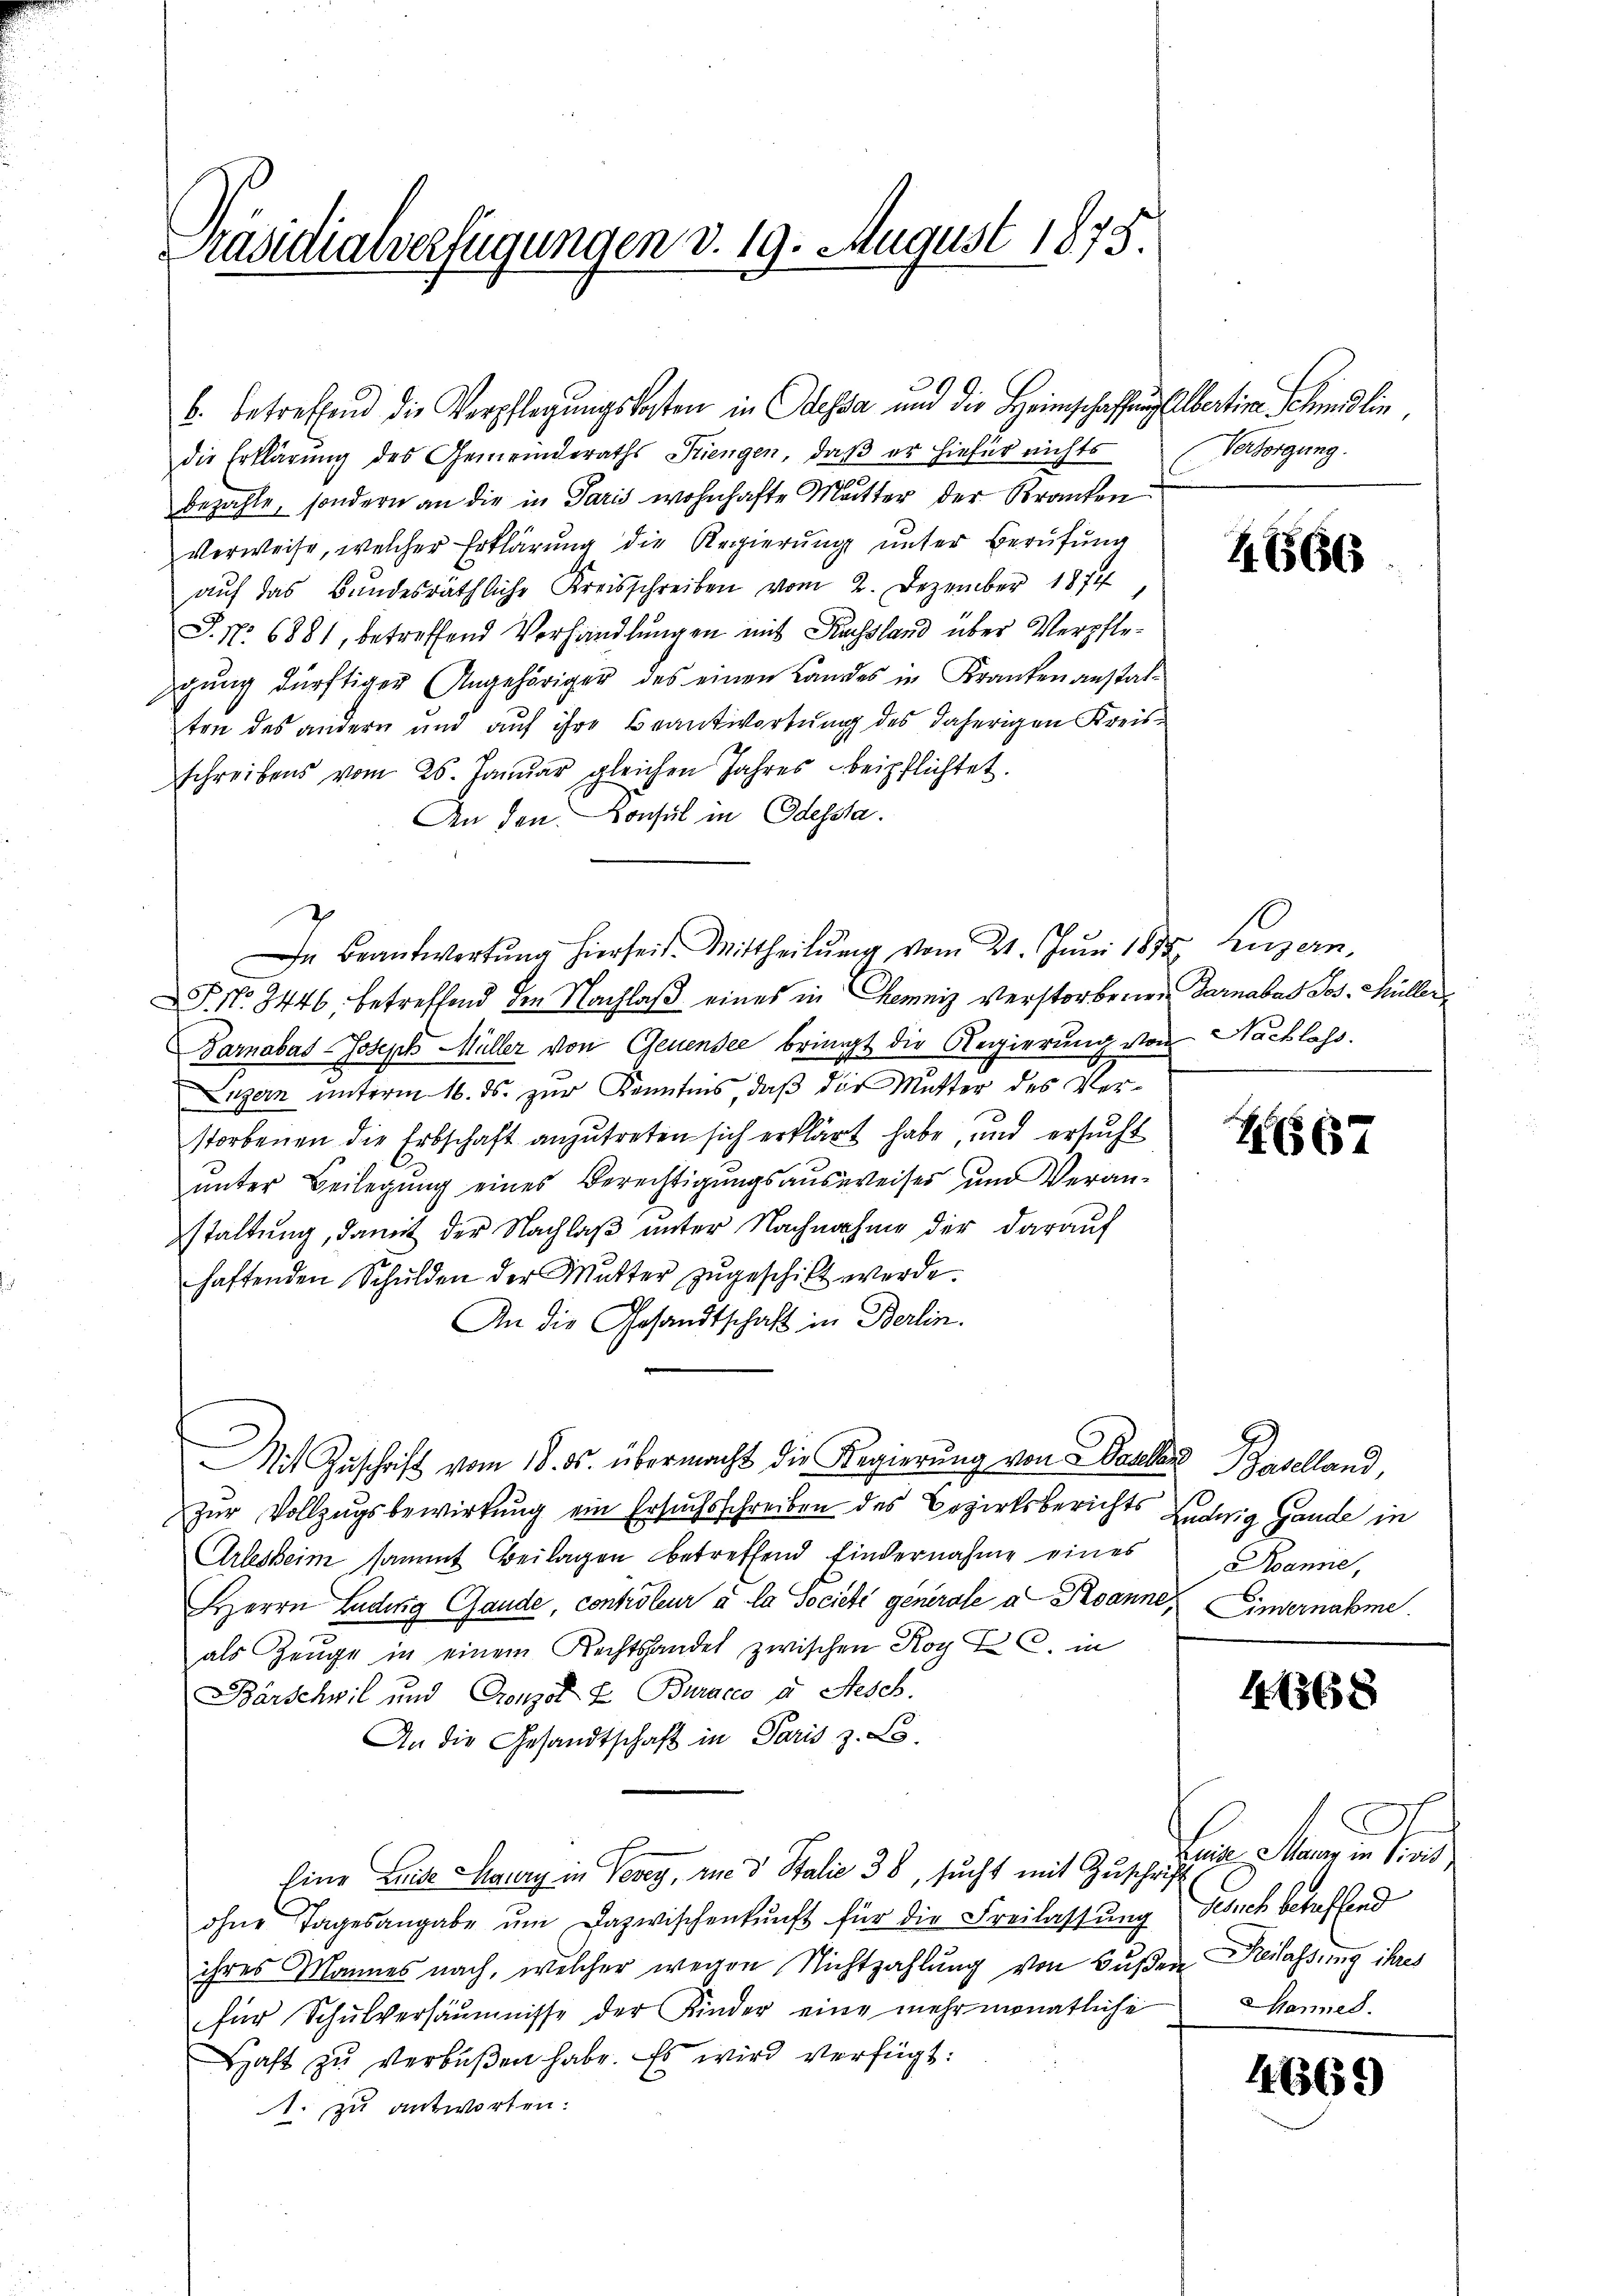
Präsidialverfügungen d. 19. August 1875.

die Erklärung des Gemeinderaths Stiengen, daß er hiefür nichts
bezahle, sondern an die in Paris wohnhafte Mutter der Kranken
verweise, welcher Erklärŭng die Regierŭng ŭnter Berufung
auf das Bundesräthliche Kreisschreiben vom 2. Dezember 1874
J. No 6881, betreffend Verhandlungen mit Russland über Verpflegŭng dürftiger Angehöriger des einen Landes in Krankenanstat-
ten des andern und auf ihre Beantwortung des daherigen Kreisschreibens vom 25. Janŭar gleichen Jahres beipflichtet.
An den Consul in Odessta.
P. Nr. 3446 betreffend den Nachlaß eines in Chemniz verstorbenein Darnabas Jos. Müller
Tarnabas-Joseph Müller von Genensee bringt die Regierung von Nachlass
Luzern unterm 16. ds. zur Kenntnis, daß die Mutter des Verstorbenen die Erbschaft anzŭtreten sich erklärt habe, und ersŭcht
ŭnter Beilegung eines Berechtigŭngsausweises um Veran-
staltung, damit der Nachlaß unter Nachnahme der darauf
haftenden Schulden der Mutter zŭgeschilt werde.
An die Gesandtschaft in Berlin.
MMit Zuschrift vom 18. ds. übermacht die Regierung von Basler Baselland,
zur Vollzugsbewirkung ein Ersuchsschreiben des Bezirksberichts Ludwig Gande in
Arlesheim sammt Beilagen betreffend findernahme eines
Herrn Ladung Gande, controleur à la Societe generale a Panne, Einvernahme
als Zeuge in einem Rechtshandel zwischen Koy P. C. in
Bärschwil und Grenzel & Buracco a Sesch.
An die Gesandtschaft in Paris z. B.
Eine Leide Haury in Vevey, die 3 Stalie 38, sucht mit Zuschrift
ohne Tagesangabe ŭm dazwischenkunft für die Freilassŭng
ihres Mannes nach, welcher wegen Nichtzahlung von Bußen Reilassung ihres
für Schulversäumnisse der Kinder eine mehr monatliche
Haft zŭ verbüßen habe. Es wird verfügt:
1. zu antworten:

b. betreffend die Verpflegŭngskosten in dessa und die Heimschaffung Albertine Schindlin,

In Beantwortŭng hierseit. Mittheilŭng vom 21. Jŭni 1873, Luzern,

Versorgung.

4. 666

267

Hanne,

11368

Bar. Mann in dies
Gesich betreffend
Mannes.

4669